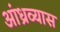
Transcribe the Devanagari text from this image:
आंध्रव्यास